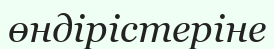
өндірістеріне